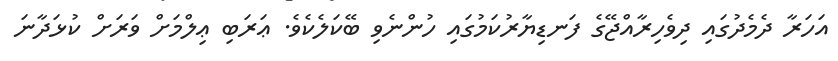
އަހަރާ ދެމެދުގައި ދިވެހިރާއްޖޭގެ ފަނޑިޔާރުކަމުގައި ހުންނެވި ބޭކަލެކެވެ. ޢަރަބި ޢިލްމަށް ވަރަށް ކުޅަދާނަ